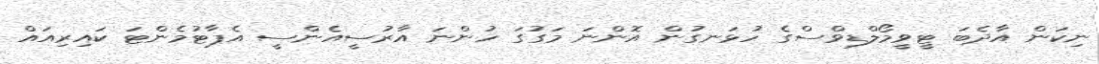
ނިކަން އާދެބަަ ޓީވީމޯލްޑިވްސްގެ ހުޅަނގުން އޮންނަ މަގުގަ ހުންނަ އާރުސީއެންސީ އެޕާޓުމެންޓަ ކައިރިއައް